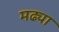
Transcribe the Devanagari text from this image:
मढ्या